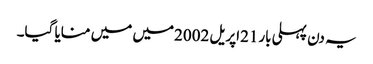
یہ دن پہلی بار21اپریل 2002میں میں منایا گیا۔